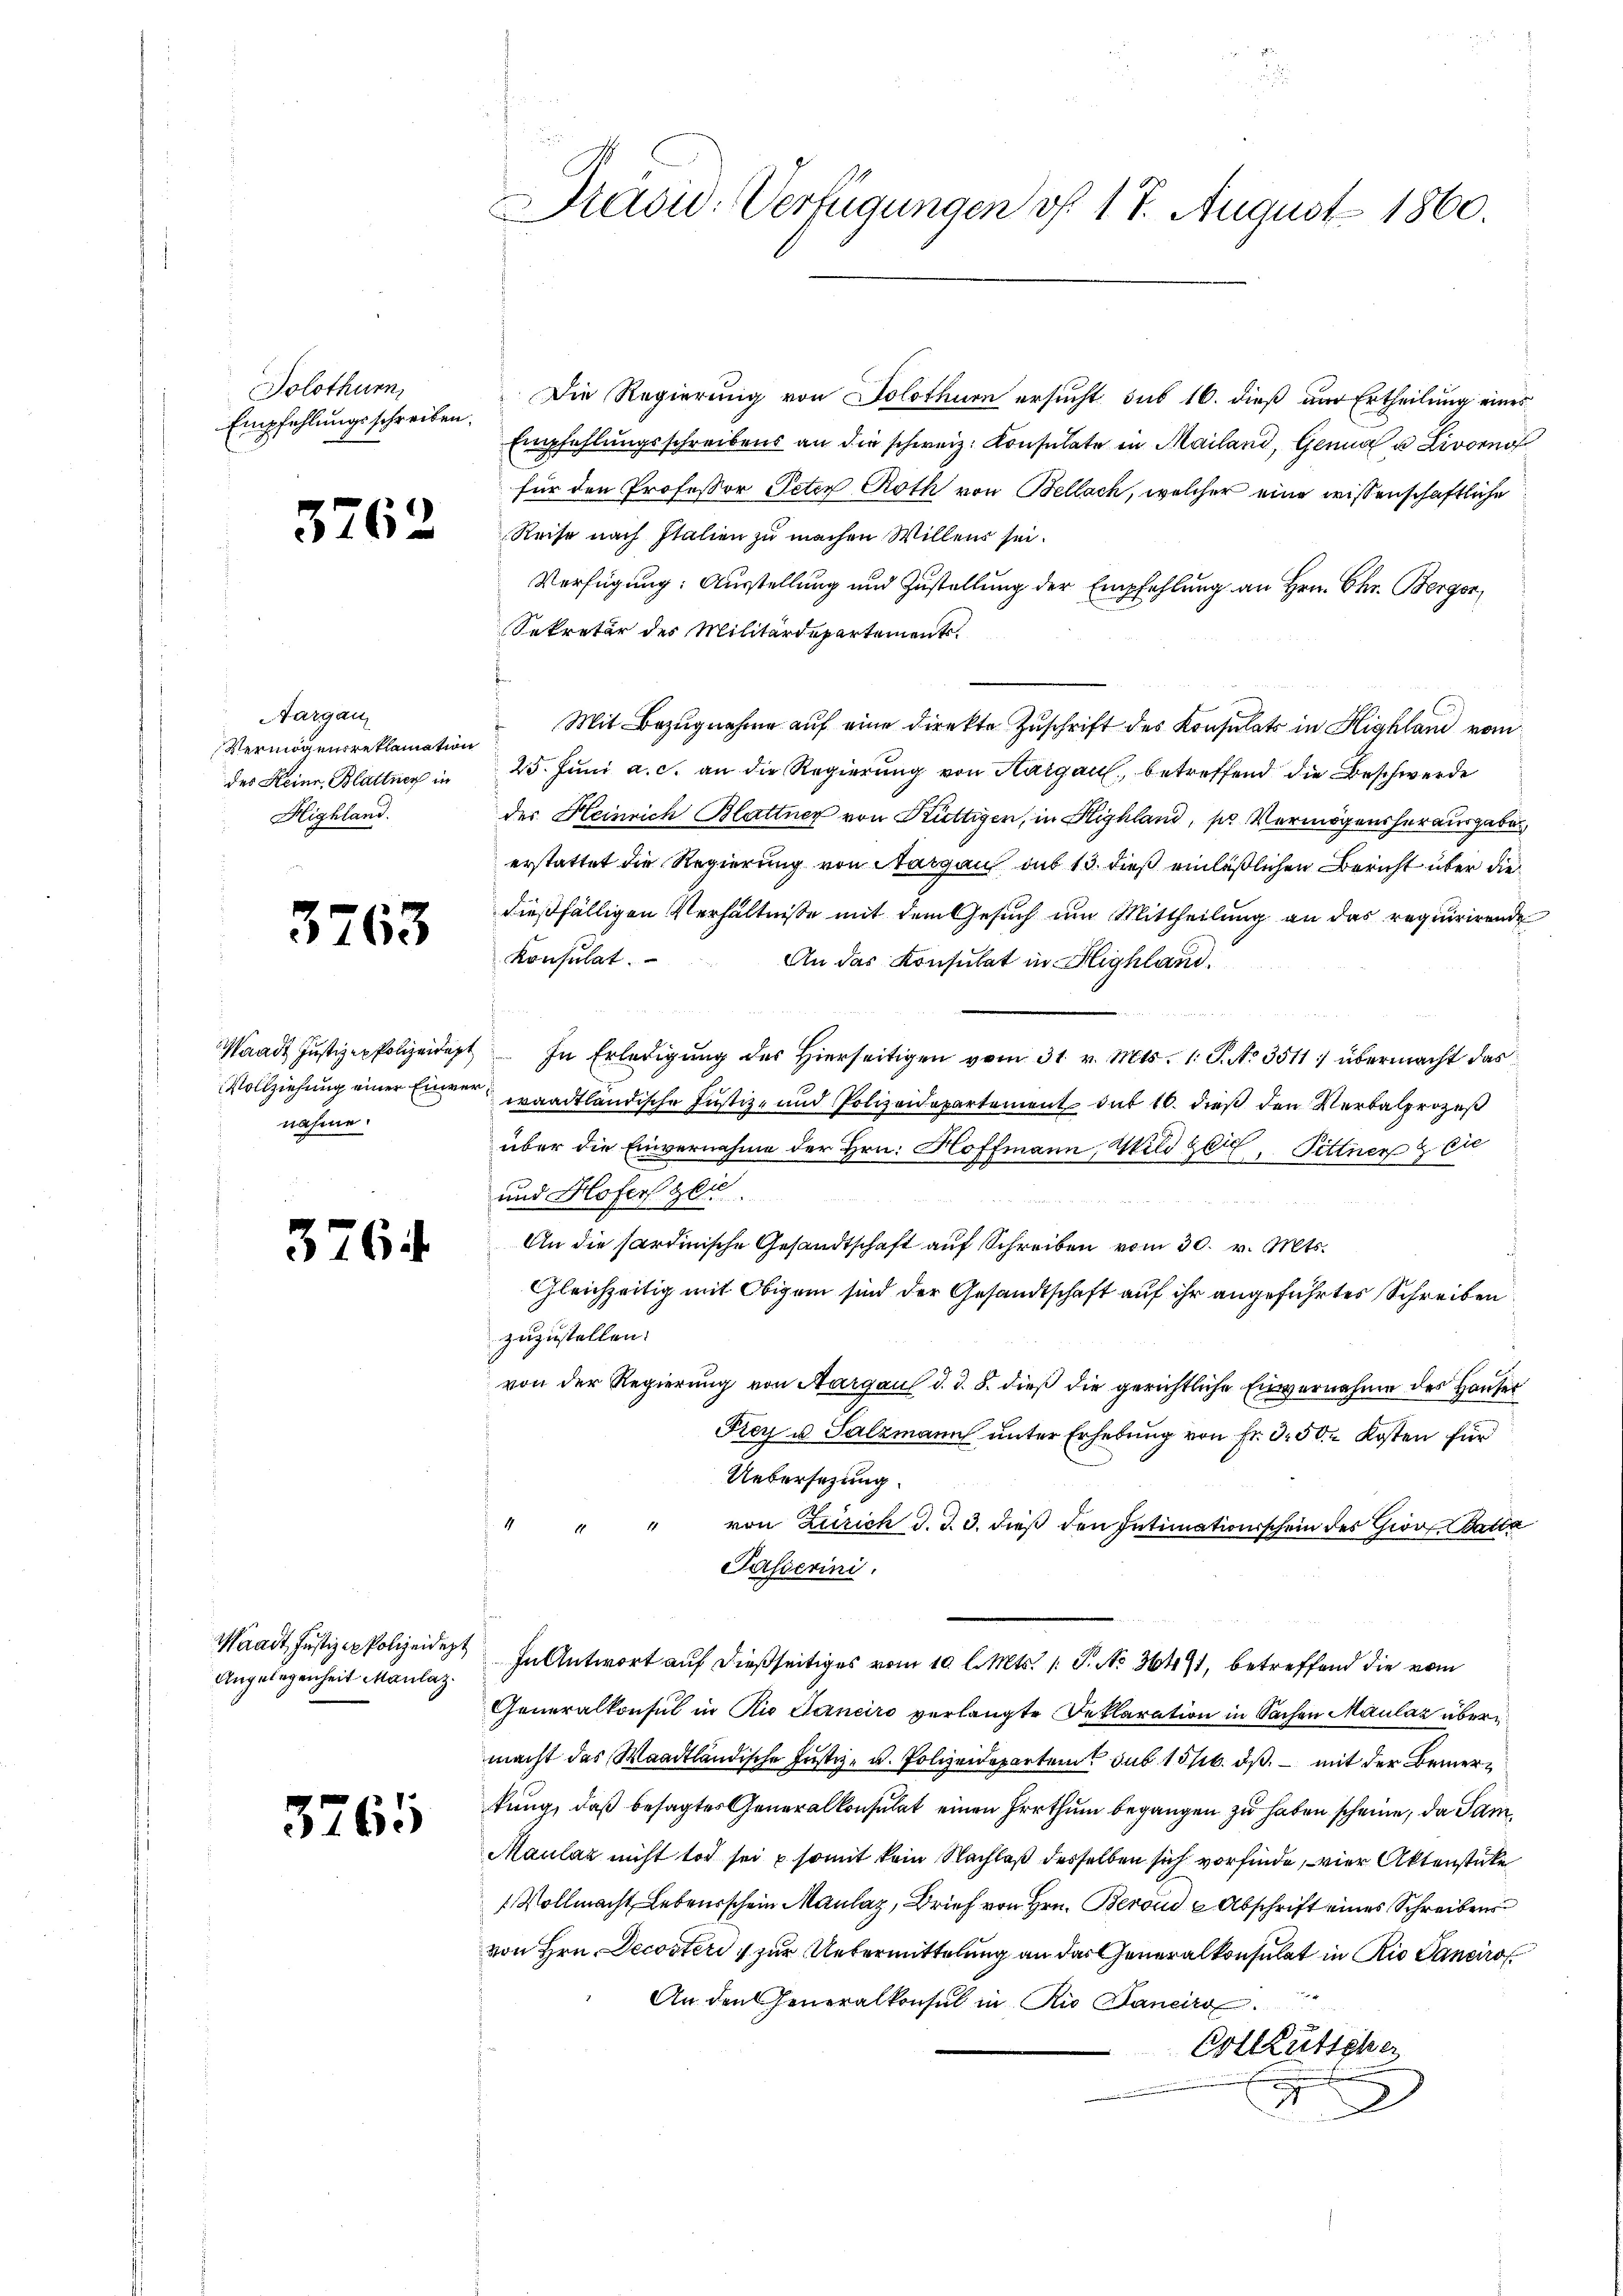
Solothurn,
Empfehlungsschreiben.

3762

Aargau
Vermögensreklamation
Highland.

3763

nahme.

3764

Angelegenheit Maulaz.

3765

Präsid. Verfügungen f. 17. August 1860.

Die Regierung von Solothurn ersucht sub 16. dieß um Ertheilung eines
Empfehlungsschreibens an die schweiz. Konsulate in Mailand, Genua u Livornof
für den Professor Peter Roth von Bellach, welcher eine wissenschaftliche
Reise nach Italien zu machen Willens sei.
Verfügung: Ausstellung und Zustellung der Empfehlung an Hrn. Chr. Berger,
Sekretär des Militärdepartement.
Mit Bezugnahme auf eine direkte Zuschrift des Konsulats in Highland vom
des Heinr. Blattner in 25. Jŭni a. c. an die Regierŭng von Aargau, betreffend die Beschwerde
des Heinrich Blattner von Küttigen, in Highland, per Vermögensherausgabe
erstattet die Regierung von Aargau, aus 13. dieß einläßlichen Bericht über die
dießfälligen Verhältnisse mit dem Gesuch um Mittheilung an das requirirende
Konsulat.
An das Konsulat in Highland.
Waadt Justizen Polizeidept In Erledigŭng des hierseitigen vom 31. v. Mts. 1. J. No 3511: übermacht das
Vollziehung einer Einner waadtländische Justiz- und Polizeidepartement das 16. dieß den Verbalprozeß
über die Einvernahme der Hrn. Hoffmann, Wild ger, Pettner Er
und Hofers glic
2
                                            2
An die Sardinische Gesandtschaft auf Schreiben vom 30. v. Mts.
Gleichzeitig mit Obigen sind der Gesandtschaft auf ihr angeführtes Schreiben
zuzustellen.
von der Regierung von Aargau d. d. 8. dieß die gerichtliche Einvernahme des Hauser
Frey u. Salzmann unter Erhebung von Fr. 350. Kosten für
Uebersetzung.
von Zürich d. J. 3. dieß den Intimationsschein des Giov Batta
Passerini.
Waadt, Justiz ex Polizeidigt In Antwort auf dießseitiges vom 10. l. Mts. 1. P. Nr. 36491, betreffend die vom
Generalkonsul in Rio Saneiro verlangte Deklaration in Sachen Maulaz übermacht des Waadtländische Justiz- u. Polizeidepartem sub 15 16. ds. mit der Bemerkung, daß besagtes Generalkonsulat einen Irrthum begangen zu haben scheine, da Sam
Maulaz nicht tod sei & somit kein Nachlaß desselben sich vorfinde, vier Aktenstücke
 Vollmacht Lebensschein Maulaz, Brief von Hrn. Bern Abschrift eines Schreibens
von Hrn. Decoster zur Uebermittelung an das Generalkonsulat in Rio Sanciro
An den Generalkonsul in Rio Saneiro
Cotleütscher
d